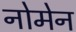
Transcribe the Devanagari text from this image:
नोमेन